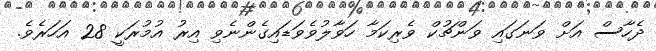
ދެހާސް އަށް ވަނަގައި ވަންޗުކް ވެރިކަމާ ހަވާލުވެވަޑައިގެންނެވި އިރު އުމުރަކީ 28 އަހަރެވެ.